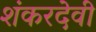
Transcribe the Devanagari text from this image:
शंकरदेवी